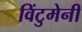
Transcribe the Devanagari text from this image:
विंटुमेनी